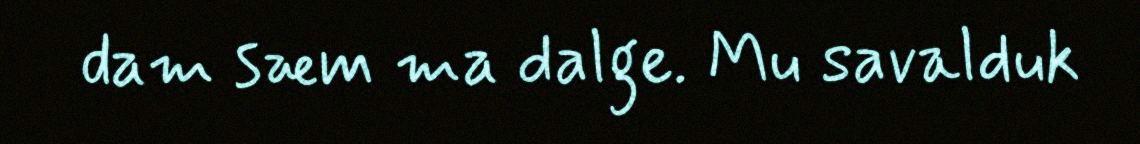
dam sæm ma dalge. Mu savalduk